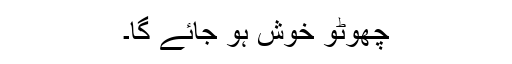
چھوٹو خوش ہو جائے گا۔